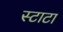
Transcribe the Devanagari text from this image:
स्टाटा